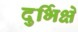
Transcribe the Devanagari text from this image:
दुर्भिक्षे